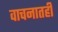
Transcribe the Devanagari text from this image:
वाचनातही